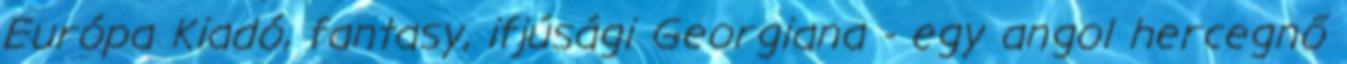
Európa Kiadó, fantasy, ifjúsági Georgiana - egy angol hercegnő